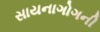
સાયનાગોગની